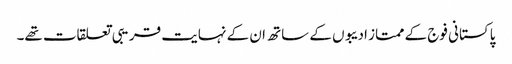
پاکستانی فوج کے ممتاز ادیبوں کے ساتھ ان کے نہایت قریبی تعلقات تھے۔